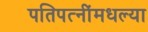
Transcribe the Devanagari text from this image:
पतिपत्‍नींमधल्या